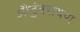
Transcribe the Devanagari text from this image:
औटुंबरायण